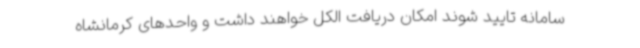
سامانه تایید شوند امکان دریافت الکل خواهند داشت و واحدهای کرمانشاه